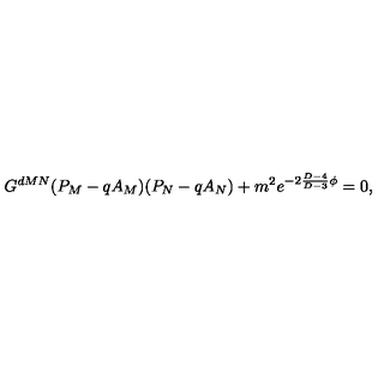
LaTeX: G ^ { d M N } ( P _ { M } - q A _ { M } ) ( P _ { N } - q A _ { N } ) + m ^ { 2 } e ^ { - 2 { \frac { D - 4 } { D - 3 } } \phi } = 0 ,